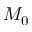
M _ { 0 }